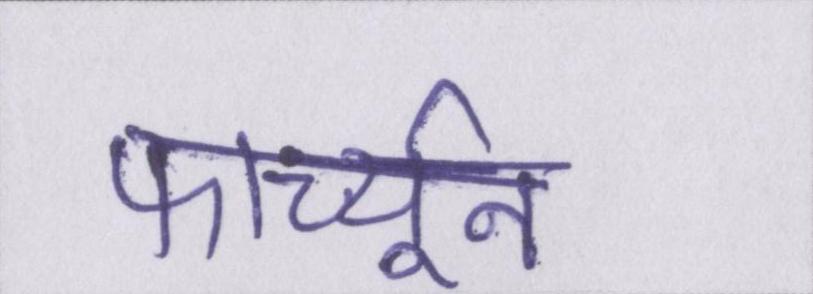
फार्च्यून